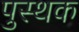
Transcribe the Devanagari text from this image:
पुस्थक